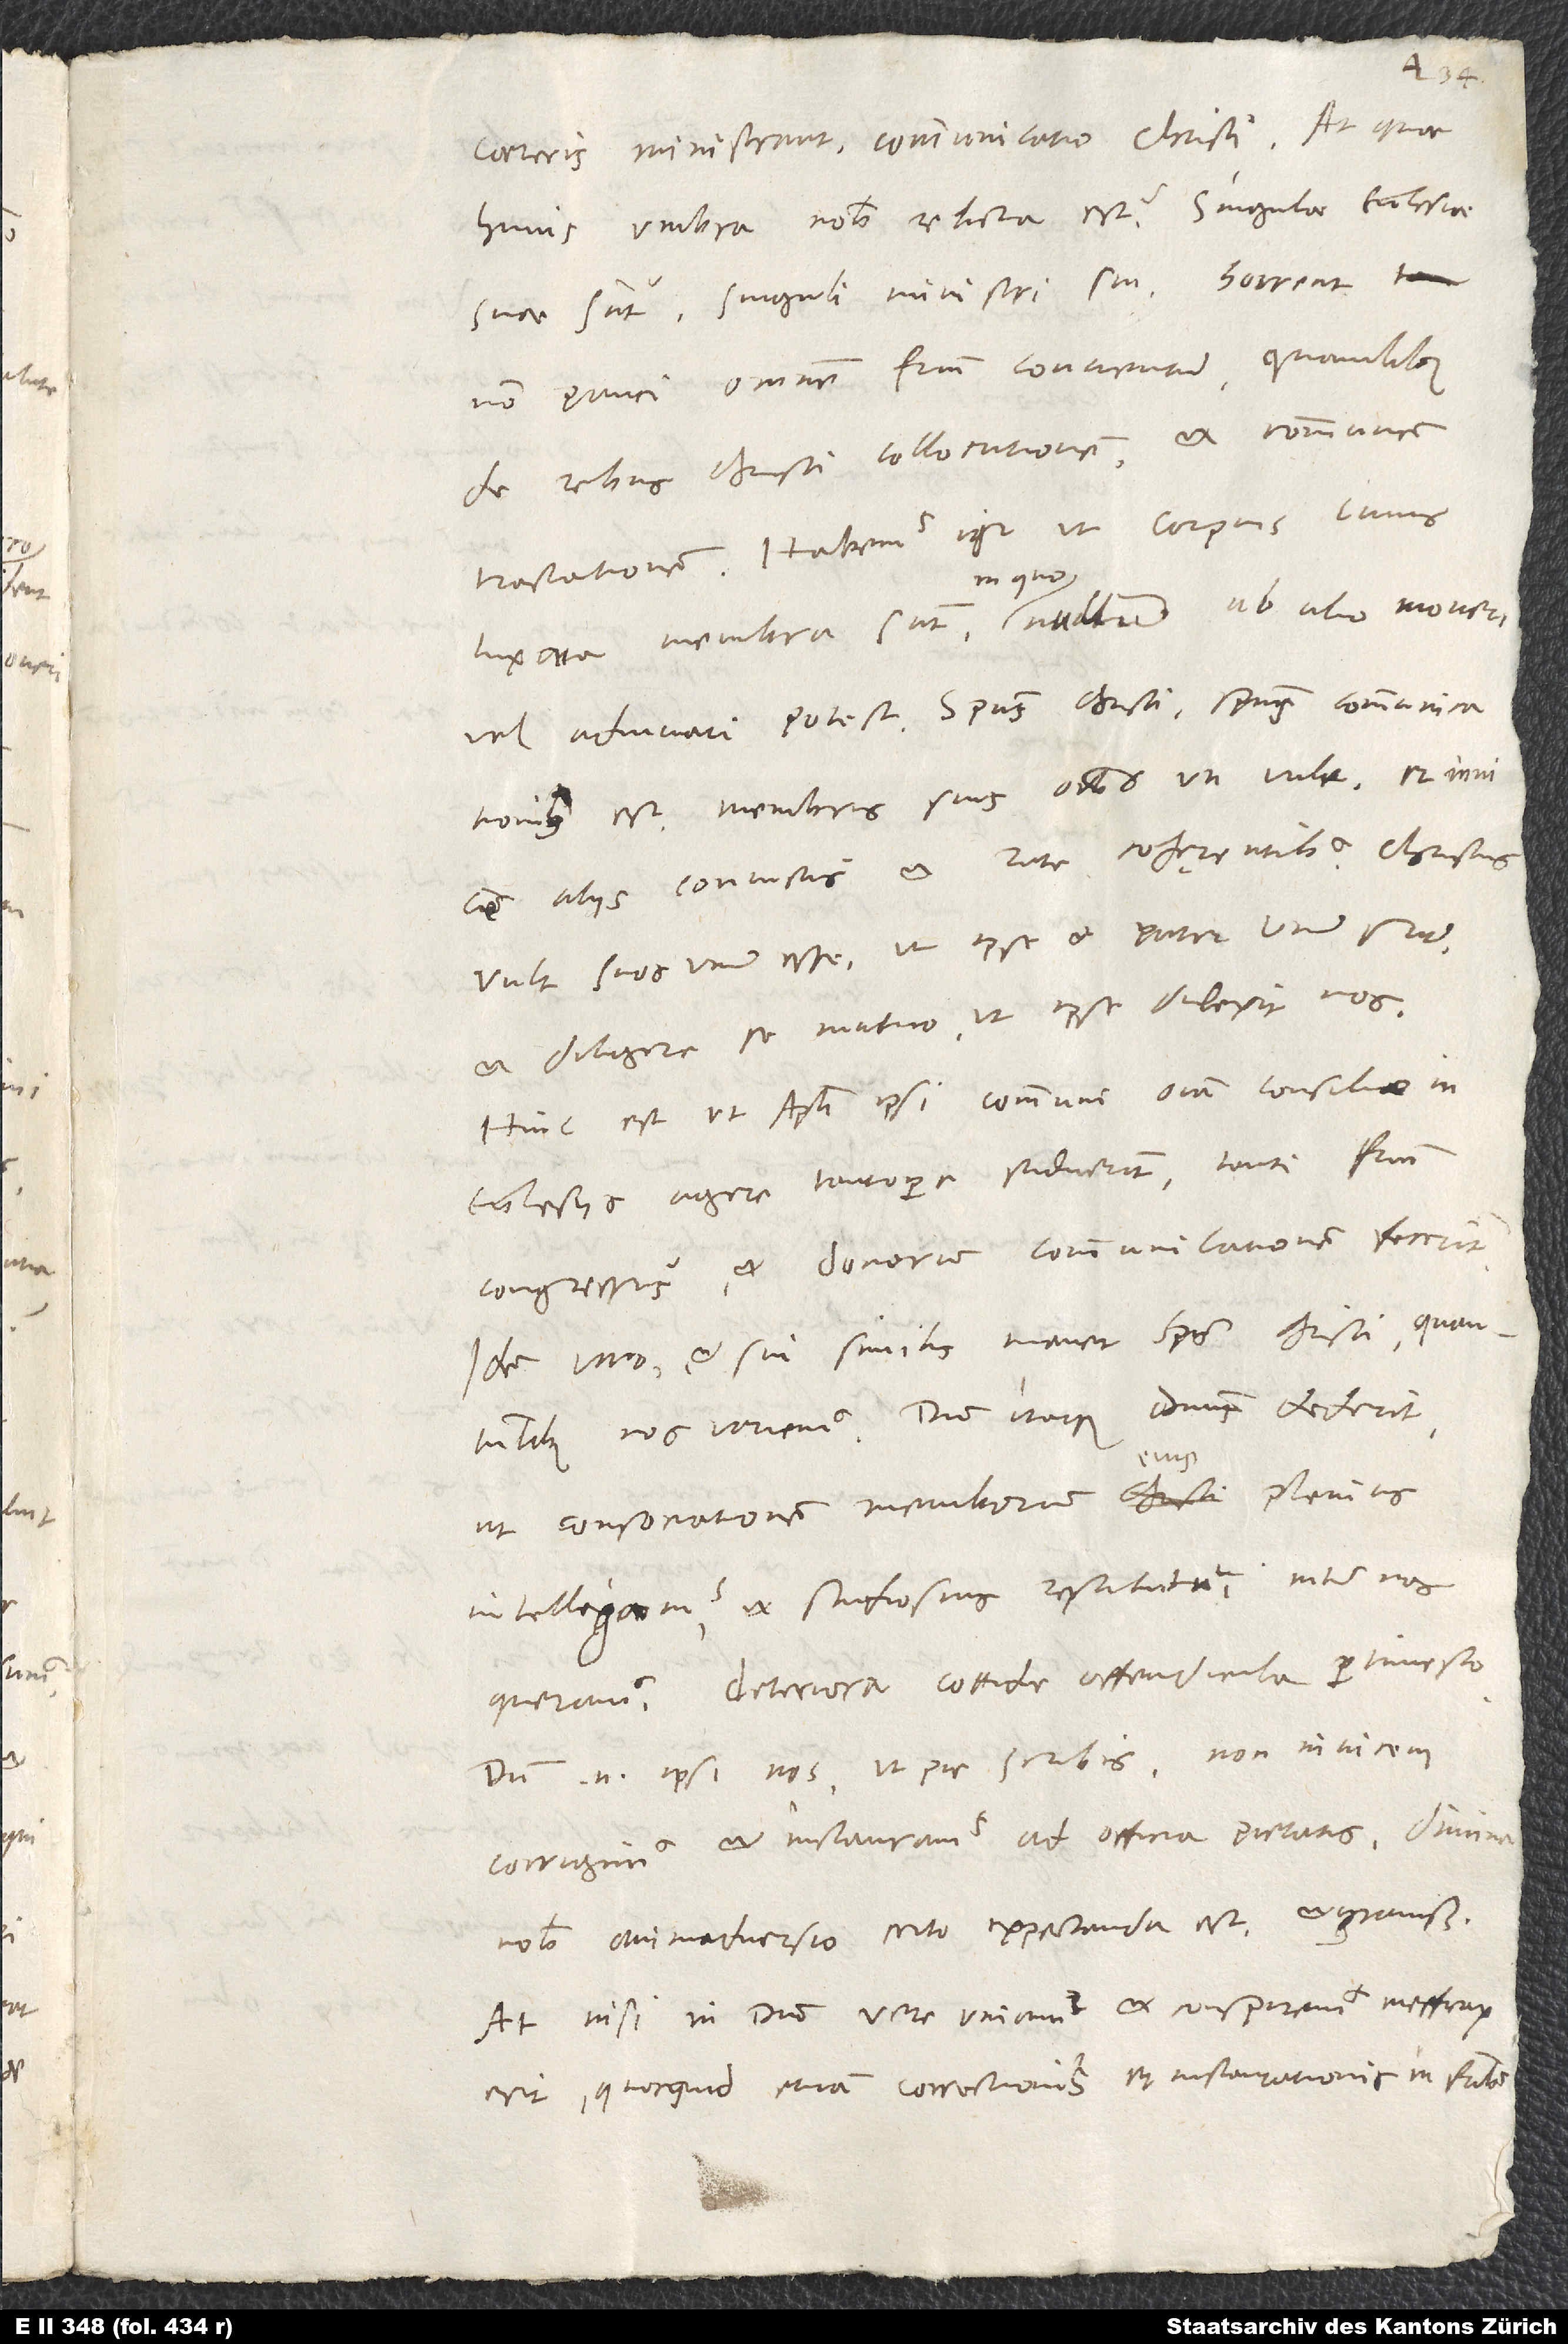
caeteris ministrant, communicatio Christi. At quae
huius umbra nobis relicta est? Singulae ecclesiae
suae sunt, singuli ministri sui; horrent
non pauci omnem fratrum conventum, quamlibet
de rebus Christi collocutionem et communem
tractationem. Habemus igitur ut corpus, cuius
in quo
luxata membra sunt, in quo nullum ab alio moveri
vel adiuvari potest. Spiritus Christi spiritus communicationis
est, membris suis omnibus uti vult et invicem
aliis coniunctis et rite cohęrentibus. Christus
vult suos unum esse, ut ipse et pater unum sunt,
et diligere se mutuo, ut ipse dilexit nos.
Hinc est, ut apostoli ipsi communi omnia consilio in
ecclesiis agere tantopere studuerint, tanti fratrum
congressus et donorum communicationem fecerint.
Idem vero et sui similis manet spiritus Christi, quantumlibet
nos variemus. Dum itaque dominus dederit,
ut consociationem membrorum eius
intelligamus et studiosius restituti inter nos
queramus, deteriora cottidie offendicula pertimesco.
Dum enim ipsi nos, ut pie scribis, non invicem
corrigimus et instauramus ad officia pietatis, divina
nobis animadversio certo expectanda est et gravissima.
At nisi in domino vere uniamur et conspiremus, inefficax
erit, quicquid etiam correctionis et instaurationis in fratribus